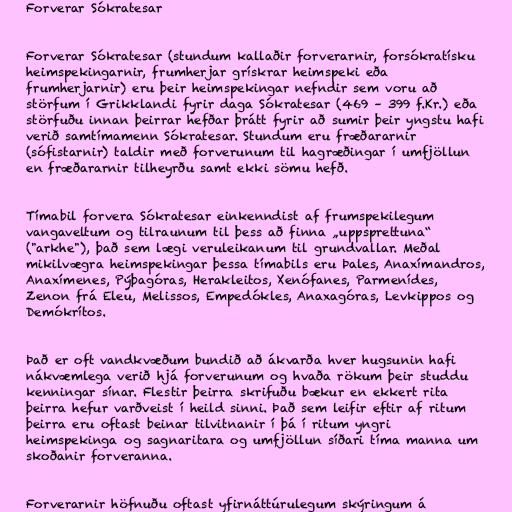
Forverar Sókratesar

Forverar Sókratesar (stundum kallaðir forverarnir, forsókratísku
heimspekingarnir, frumherjar grískrar heimspeki eða
frumherjarnir) eru þeir heimspekingar nefndir sem voru að
störfum í Grikklandi fyrir daga Sókratesar (469 – 399 f.Kr.) eða
störfuðu innan þeirrar hefðar þrátt fyrir að sumir þeir yngstu hafi
verið samtímamenn Sókratesar. Stundum eru fræðararnir
(sófistarnir) taldir með forverunum til hagræðingar í umfjöllun
en fræðararnir tilheyrðu samt ekki sömu hefð.

Tímabil forvera Sókratesar einkenndist af frumspekilegum
vangaveltum og tilraunum til þess að finna „uppsprettuna“
("arkhe"), það sem lægi veruleikanum til grundvallar. Meðal
mikilvægra heimspekingar þessa tímabils eru Þales, Anaxímandros,
Anaxímenes, Pýþagóras, Herakleitos, Xenófanes, Parmenídes,
Zenon frá Eleu, Melissos, Empedókles, Anaxagóras, Levkippos og
Demókrítos.

Það er oft vandkvæðum bundið að ákvarða hver hugsunin hafi
nákvæmlega verið hjá forverunum og hvaða rökum þeir studdu
kenningar sínar. Flestir þeirra skrifuðu bækur en ekkert rita
þeirra hefur varðveist í heild sinni. Það sem leifir eftir af ritum
þeirra eru oftast beinar tilvitnanir í þá í ritum yngri
heimspekinga og sagnaritara og umfjöllun síðari tíma manna um
skoðanir forveranna.

Forverarnir höfnuðu oftast yfirnáttúrulegum skýringum á